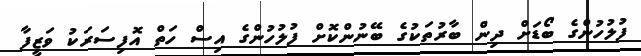
ފުލުހުންގެ ބޯޑަށް ދިން ބާރުތަކުގެ ބޭނުންކޮށް ފުލުހުންގެ އިސް ހަތް އޮފިސަރަކު ވަޒީފާ